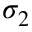
\sigma _ { 2 }